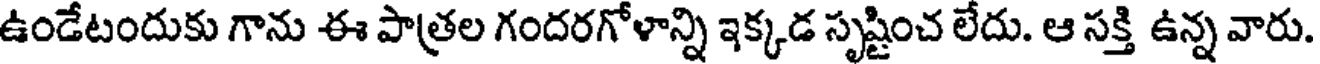
ఉండేటందుకు గాను ఈ పాత్రల గందరగోళాన్ని ఇక్కడ సృష్టించ లేదు. ఆ సక్తి ఉన్న వారు.